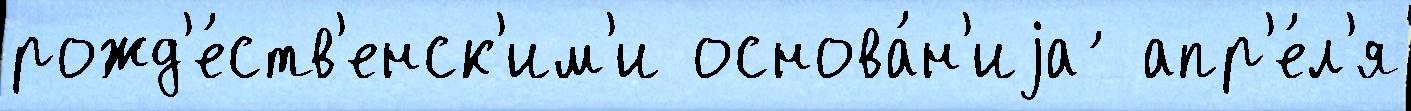
рожд'е́ств'енск'им'и основа́н'иjа ́ апр'е́л'я